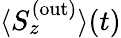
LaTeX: {\langle S_{z}^{(\mathrm{out})}\rangle(t)}